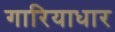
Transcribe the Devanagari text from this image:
गारियाधार